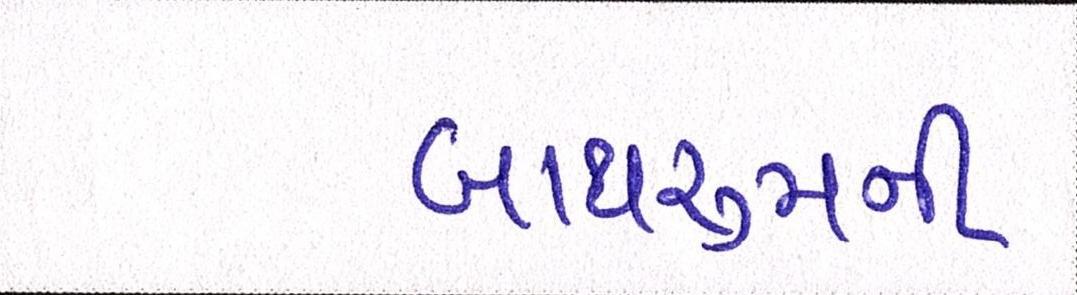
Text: બાથરૂમની